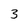
Character: 3